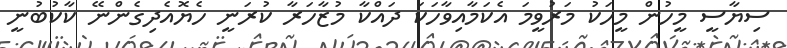
ސިޔާސީ މީހުން މީހަކު މަރުވީމަ އެކަމާއިވާހަކަ ދައްކާ މުޒާހަރާ ކުރަނީ ހެޔޮއެދިގެންނޭ ކާކުބުނީ